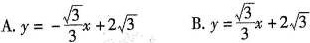
A. $$y = - \frac { \sqrt { 3 } } { 3 } x + 2 \sqrt { 3 }$$ B.$$y = \frac { \sqrt { 3 } } { 3 } x + 2 \sqrt { 3 }$$